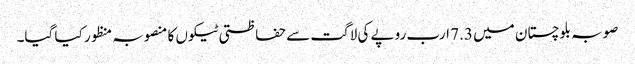
صوبہ بلوچستان میں 7.3 ارب روپے کی لاگت سے حفاظتی ٹیکوں کا منصوبہ منظور کیا گیا۔